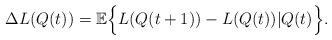
LaTeX: \begin{align*} \Delta L(Q(t))=\mathbb{E}\Big\{L(Q(t+1))-L(Q(t))|Q(t)\Big\}.\end{align*}